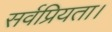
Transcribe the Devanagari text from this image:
सर्वप्रियता।